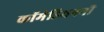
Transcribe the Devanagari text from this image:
कॉमेडियननी